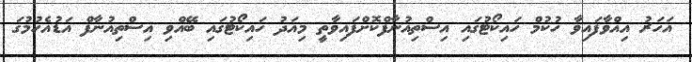
އަހަރު އިއްވާފައިވާ ހުކުމް ހައިކޯޓުގައި އިސްތިއުނާފްކޮށްފައިވާތީ މިއަދު ހައިކޯޓުގައި ބޭއްވި އިސްތިއުނާފް އަޑުއެހުމުގަ